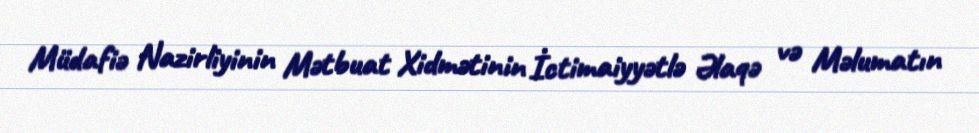
Müdafiə Nazirliyinin Mətbuat Xidmətinin İctimaiyyətlə Əlaqə və Məlumatın